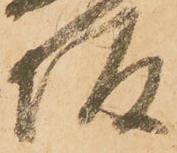
坂